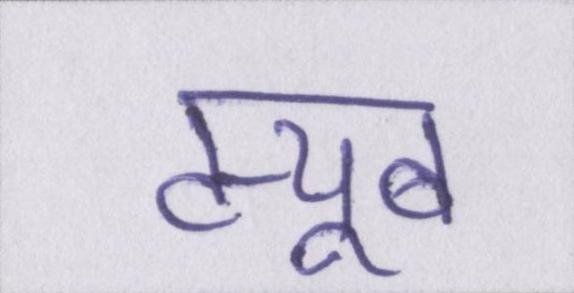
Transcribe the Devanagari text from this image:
ट्यूब